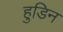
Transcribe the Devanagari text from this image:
हुडिन